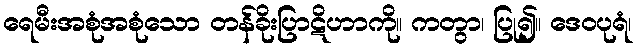
ရေမီးအစုံအစုံသော တန်ခိုးပြာဋိဟာကို။ ကတွာ၊ ပြု၍။ ဒေဝပုရံ၊